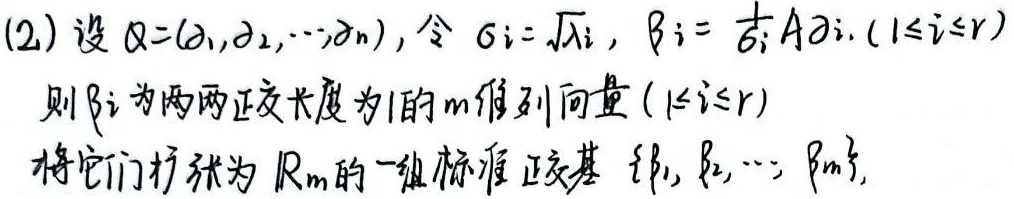
(2) 设\(\varLambda = (\lambda_1,\lambda_2,\cdots,\lambda_n)\)，令\(\sigma_i = \sqrt{\lambda_i}\)，\(\beta_i = \frac{1}{\sigma_i}A\alpha_i\ (1\leq i\leq r)\)。则\(\beta_i\)为两两正交长度为\(1\)的\(m\)维列向量\((1\leq i\leq r)\)。将它们扩张为\(\mathbb{R}^m\)的一组标准正交基\(\{\beta_1,\beta_2,\cdots,\beta_m\}\)。